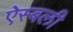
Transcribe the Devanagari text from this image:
ऐस्बली